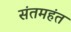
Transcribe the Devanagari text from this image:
संतमहंत